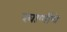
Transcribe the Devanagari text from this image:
खाणींचे